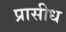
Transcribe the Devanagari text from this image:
प्रासीध